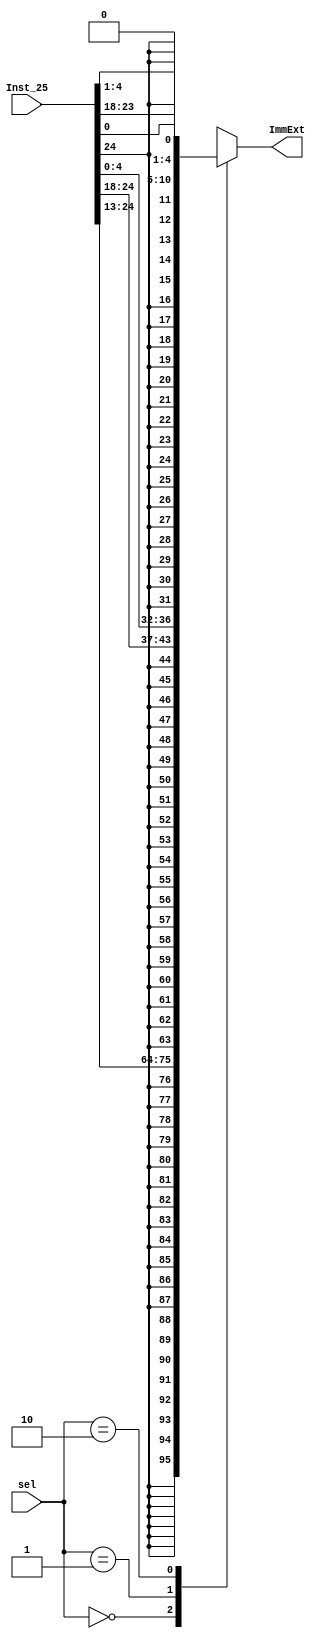
module Sign_extend (
  input [31:7] Inst_25, //part of the instruction[31:7]
  input [1:0] sel,  //2-bits to specify the type of the instruction
  output reg [31:0] ImmExt
);
always@(*)
begin
  case(sel)
   2'b00 : ImmExt = {{20{Inst_25[31]}},Inst_25[31:20]} ; //I instruction
   2'b01 : ImmExt = {{20{Inst_25[31]}},Inst_25[31:25],Inst_25[11:7]} ; //S instruction
   2'b10 : ImmExt = {{20{Inst_25[31]}},Inst_25[7],Inst_25[30:25],Inst_25[11:8],1'b0} ; //B instruction
default : ImmExt = 32'hx;
  endcase
end

endmodule